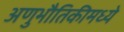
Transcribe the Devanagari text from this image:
अणुभौतिकीमध्ये